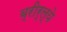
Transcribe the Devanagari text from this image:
ब्रीर्ल्ये